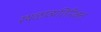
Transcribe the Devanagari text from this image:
स्थळांव्यतिरिक्त